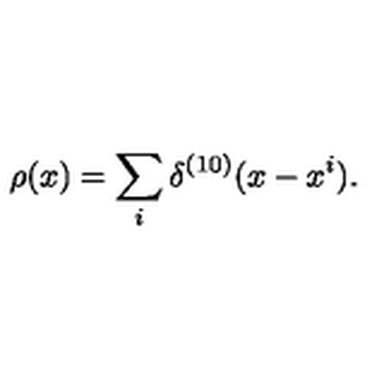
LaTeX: \rho ( x ) = \sum _ { i } \delta ^ { ( 1 0 ) } ( x - x ^ { i } ) .